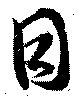
目